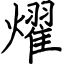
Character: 燿